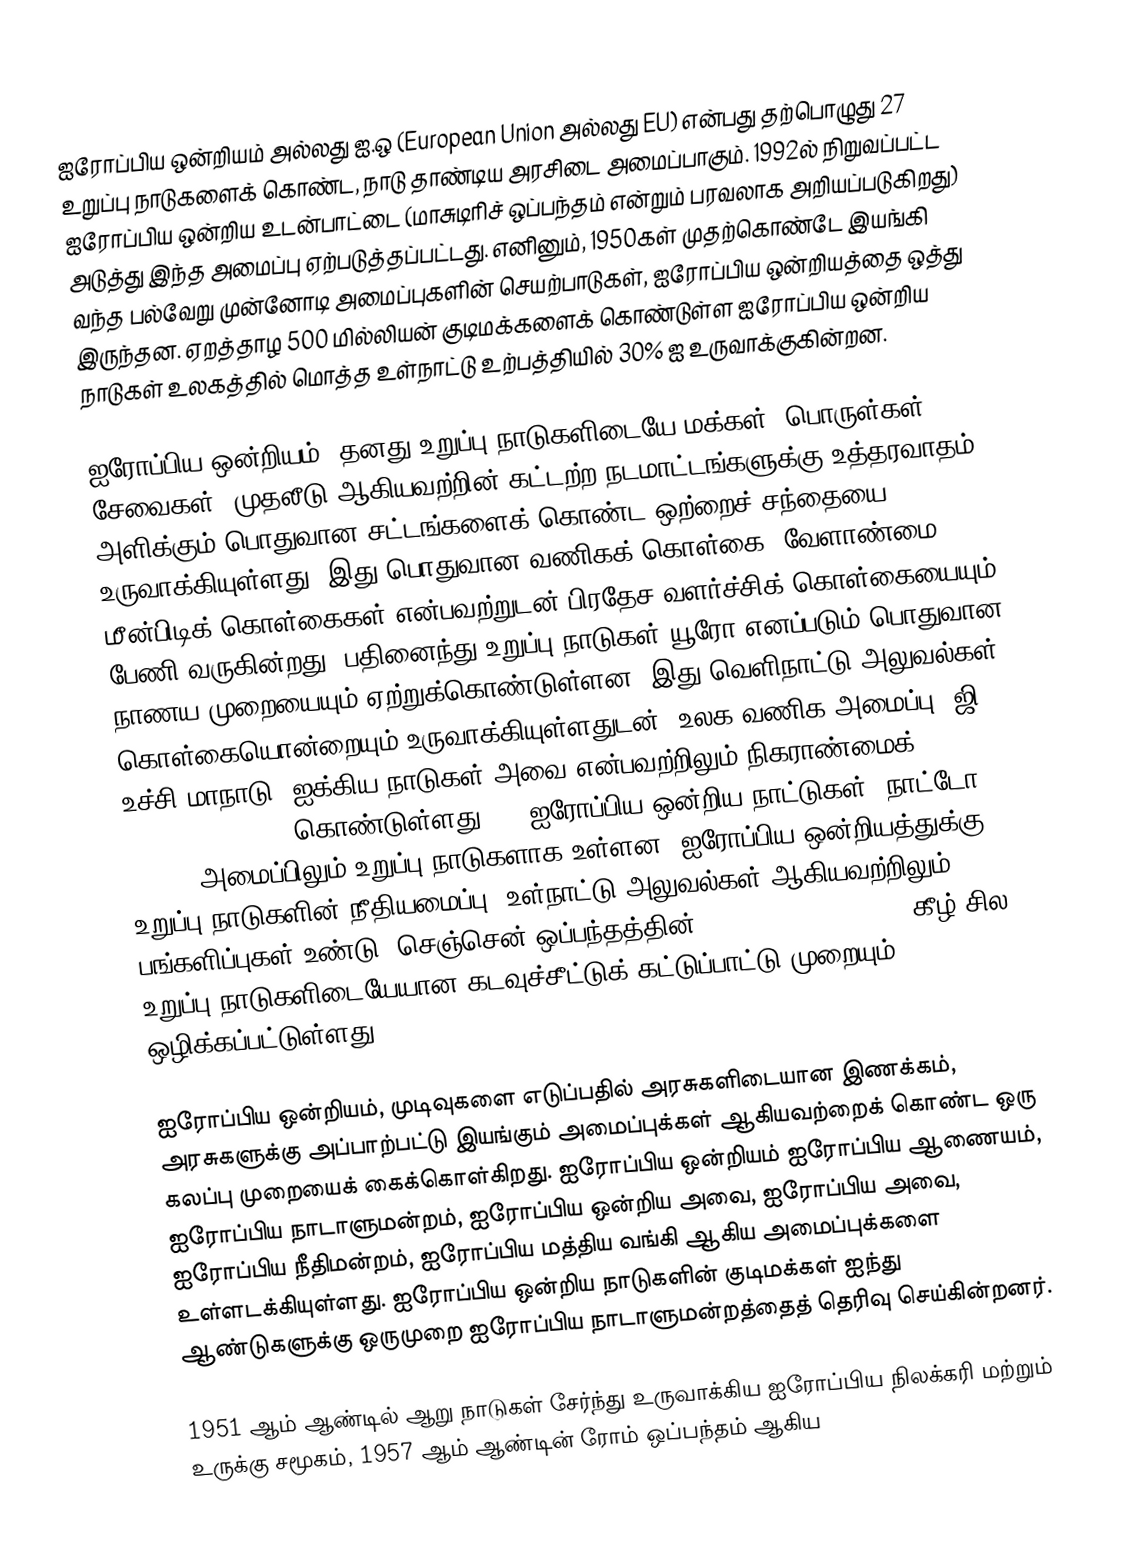
ஐரோப்பிய ஒன்றியம் அல்லது ஐ.ஒ (European Union அல்லது EU)  என்பது தற்பொழுது 27 உறுப்பு நாடுகளைக் கொண்ட, நாடு தாண்டிய அரசிடை அமைப்பாகும். 1992ல் நிறுவப்பட்ட ஐரோப்பிய ஒன்றிய உடன்பாட்டை (மாசுடிரிச் ஒப்பந்தம் என்றும் பரவலாக அறியப்படுகிறது) அடுத்து இந்த அமைப்பு ஏற்படுத்தப்பட்டது. எனினும், 1950கள் முதற்கொண்டே இயங்கி வந்த பல்வேறு முன்னோடி அமைப்புகளின் செயற்பாடுகள், ஐரோப்பிய ஒன்றியத்தை ஒத்து இருந்தன. ஏறத்தாழ 500 மில்லியன் குடிமக்களைக் கொண்டுள்ள ஐரோப்பிய ஒன்றிய நாடுகள் உலகத்தில் மொத்த உள்நாட்டு உற்பத்தியில் 30% ஐ உருவாக்குகின்றன.

ஐரோப்பிய ஒன்றியம், தனது உறுப்பு நாடுகளிடையே மக்கள், பொருள்கள், சேவைகள், முதலீடு ஆகியவற்றின் கட்டற்ற நடமாட்டங்களுக்கு உத்தரவாதம் அளிக்கும் பொதுவான சட்டங்களைக் கொண்ட ஒற்றைச் சந்தையை உருவாக்கியுள்ளது. இது பொதுவான வணிகக் கொள்கை, வேளாண்மை, மீன்பிடிக் கொள்கைகள் என்பவற்றுடன் பிரதேச வளர்ச்சிக் கொள்கையையும் பேணி வருகின்றது. பதினைந்து உறுப்பு நாடுகள் யூரோ எனப்படும் பொதுவான நாணய முறையையும் ஏற்றுக்கொண்டுள்ளன. இது வெளிநாட்டு அலுவல்கள் கொள்கையொன்றையும் உருவாக்கியுள்ளதுடன், உலக வணிக அமைப்பு, ஜி8 உச்சி மாநாடு, ஐக்கிய நாடுகள் அவை என்பவற்றிலும் நிகராண்மைக் (representation) கொண்டுள்ளது. 21 ஐரோப்பிய ஒன்றிய நாட்டுகள் "நாட்டோ" (NATO) அமைப்பிலும் உறுப்பு நாடுகளாக உள்ளன. ஐரோப்பிய ஒன்றியத்துக்கு உறுப்பு நாடுகளின் நீதியமைப்பு, உள்நாட்டு அலுவல்கள் ஆகியவற்றிலும் பங்களிப்புகள் உண்டு. செஞ்சென் ஒப்பந்தத்தின் (Schengen Agreement) கீழ் சில உறுப்பு நாடுகளிடையேயான கடவுச்சீட்டுக் கட்டுப்பாட்டு முறையும் ஒழிக்கப்பட்டுள்ளது.

ஐரோப்பிய ஒன்றியம், முடிவுகளை எடுப்பதில் அரசுகளிடையான இணக்கம், அரசுகளுக்கு அப்பாற்பட்டு இயங்கும் அமைப்புக்கள் ஆகியவற்றைக் கொண்ட ஒரு கலப்பு முறையைக் கைக்கொள்கிறது. ஐரோப்பிய ஒன்றியம் ஐரோப்பிய ஆணையம், ஐரோப்பிய நாடாளுமன்றம், ஐரோப்பிய ஒன்றிய அவை, ஐரோப்பிய அவை, ஐரோப்பிய நீதிமன்றம், ஐரோப்பிய மத்திய வங்கி ஆகிய அமைப்புக்களை உள்ளடக்கியுள்ளது. ஐரோப்பிய ஒன்றிய நாடுகளின் குடிமக்கள் ஐந்து ஆண்டுகளுக்கு ஒருமுறை ஐரோப்பிய நாடாளுமன்றத்தைத் தெரிவு செய்கின்றனர்.

1951 ஆம் ஆண்டில் ஆறு நாடுகள் சேர்ந்து உருவாக்கிய ஐரோப்பிய நிலக்கரி மற்றும் உருக்கு சமூகம், 1957 ஆம் ஆண்டின் ரோம் ஒப்பந்தம் ஆகிய